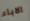
الاباء